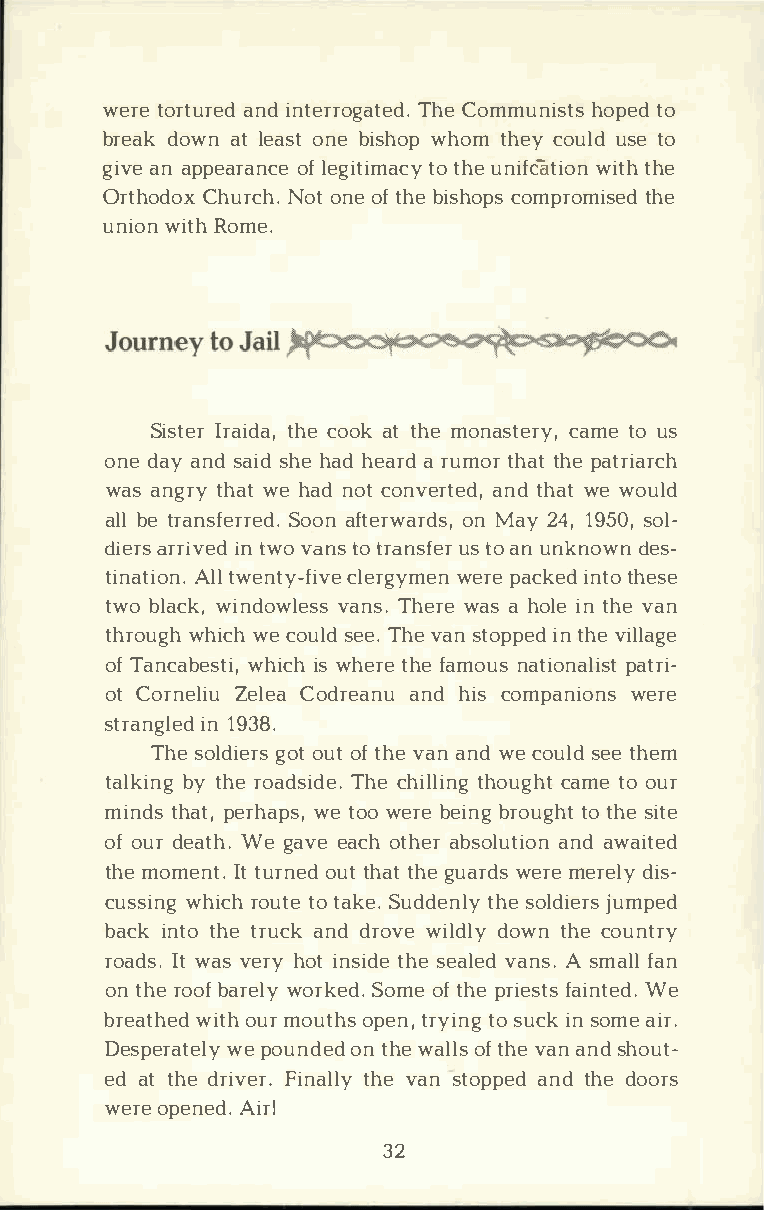
werteo rtaunriden dt errTohgCeao tmemdu.n hiospttesod
 bredaokw antl eaosntbe i shwohpo mt hecyo uulsdte o
 givaena ppearoafln ecgei ttiotm hauecn yiat ficwoint h the
 OrthoCdhouxr Ncohot.n oeft hbei shops cotmhper omised
 uniwointR ho me.
 SisItrearit dhcaeo, o aktt hmeo nastcearmtyeou, s
 ondea ayn sda sihdhe a hde aarr du mtohrta htpe a triarch
 waasn gtrhyaw teh ando cto nvearnttdeh daw,te w ould
 alblet ransfSeoroarnfe tde.r woanMr ady2s 4,1, 9 5s0o,l ­
 diearrsr iivnte wdvo a ntsot ranusstf oae nru nknodwens ­
 tinaAtlitlow ne.n tyc-lfeirvgweye mrepena ckiendtt hoe se
 twbol awcikn,d owvlaenTsshs.e wraeas h olient hvea n
 throwuhgihwc ehc ousledTe h.ve a snt opipnte hdve i llage
 ofT ancabwehsiitcwsihh , e trhefe a monuast iopnaatlriis­t
 otC orneZleiluCe oad reaanndhu i cso mpanwieornes
 stranign1l 9e3d8 .
 Thseo ldgioeotru ostft hvea ann wde c ousledte h em
 talkbiytn hgre o adsTihdece h.i ltlhionugcg ahmtte oo ur
 mintdhsa pte,r hwaept so,wo e rbee ibnrgo utgoth htse i te
 ofo udre atWheg. a veea coht haebrs olauntadiw oani ted
 thmeo menItttu. r noeutdth tahtge u ardsm ewreedrlieys ­
 cusswihnigrc ohu ttote a kSeu.d detnhsleoy l djiuemrpse d
 bacikn ttoht er uacnkdd rowviel ddloywt nh ceo untry
 roaIdwtsa .vs e rhyo itn stihdseee avlaendAs s.m aflaln
 ont hreo boafr weolryk Seodm.oe ft hper iefsatisnW tee d.
 breatheodum row uittohhps et nr,y tiosn ugc ikns ome air.
 Desperwaept oeulnyod net dhw ea lolfts h vea ann sdh out­
 eda tt hder ivFeirn.at lhlveya ns topapnedtd h deo ors
 weroep enAeidr.!
 32